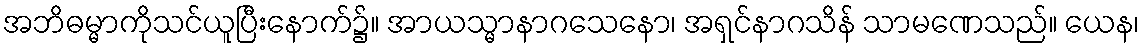
အဘိဓမ္မာကိုသင်ယူပြီးနောက်၌။ အာယသ္မာနာဂသေနော၊ အရှင်နာဂသိန် သာမဏေသည်။ ယေန၊